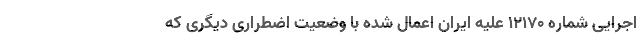
اجرایی شماره ۱۲۱۷۰ علیه ایران اعمال شده با وضعیت اضطراری دیگری که